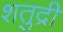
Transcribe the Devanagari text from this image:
शतुद्री